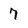
Character: 7